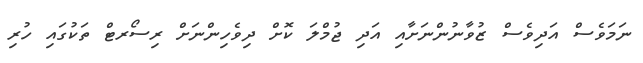
ނަމަވެސް އަދިވެސް ޒުވާނުންނަށާއި އަދި ޖުމްލަ ކޮށް ދިވެހިންނަށް ރިސޯރޓް ތަކުގައި ހުރި